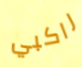
راكبي